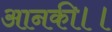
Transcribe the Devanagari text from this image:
आनकी।।